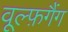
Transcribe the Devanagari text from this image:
वूल्फ़गैंग